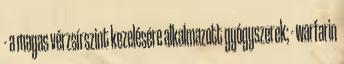
- a magas vérzsírszint kezelésére alkalmazott gyógyszerek; - warfarin